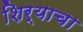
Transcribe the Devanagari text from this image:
शिर्‍याचा